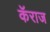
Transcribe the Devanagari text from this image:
कॅराज